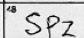
Transcription: SPZ